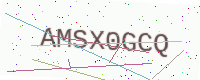
Text: AMSX0GCQ